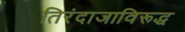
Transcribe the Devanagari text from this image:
तिरंदाजाविरूद्ध